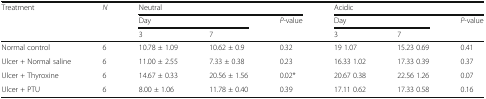
<table><thead><tr><td rowspan="3"><b>Treatment</b></td><td rowspan="3"><b><i>N</i></b></td><td colspan="3"><b>Neutral</b></td><td colspan="3"><b>Acidic</b></td></tr><tr><td colspan="2"><b>Day</b></td><td rowspan="2"><b><i>P</i>-value</b></td><td colspan="2"><b>Day</b></td><td><b><i>P</i>-value</b></td></tr><tr><td><b>3</b></td><td><b>7</b></td><td><b>3</b></td><td><b>7</b></td><td></td></tr></thead><tbody><tr><td>Normal control</td><td>6</td><td>10.78 ± 1.09</td><td>10.62 ± 0.9</td><td>0.32</td><td>19 1.07</td><td>15.23 0.69</td><td>0.41</td></tr><tr><td>Ulcer + Normal saline</td><td>6</td><td>11.00 ± 2.55</td><td>7.33 ± 0.38</td><td>0.23</td><td>16.33 1.02</td><td>17.33 0.39</td><td>0.37</td></tr><tr><td>Ulcer + Thyroxine</td><td>6</td><td>14.67 ± 0.33</td><td>20.56 ± 1.56</td><td>0.02*</td><td>20.67 0.38</td><td>22.56 1.26</td><td>0.07</td></tr><tr><td>Ulcer + PTU</td><td>6</td><td>8.00 ± 1.06</td><td>11.78 ± 0.40</td><td>0.39</td><td>17.11 0.62</td><td>17.33 0.58</td><td>0.16</td></tr></tbody></table>